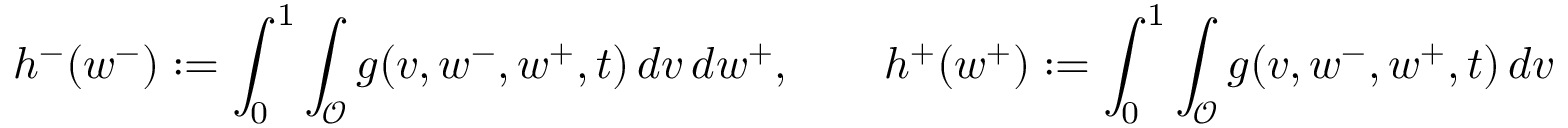
h ^ { - } ( w ^ { - } ) : = \int _ { 0 } ^ { 1 } \int _ { \mathcal { O } } g ( v , w ^ { - } , w ^ { + } , t ) \, d v \, d w ^ { + } , \qquad h ^ { + } ( w ^ { + } ) : = \int _ { 0 } ^ { 1 } \int _ { \mathcal { O } } g ( v , w ^ { - } , w ^ { + } , t ) \, d v \, d w ^ { - }